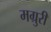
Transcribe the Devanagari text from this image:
मग्रुरी